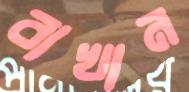
বাখান